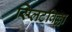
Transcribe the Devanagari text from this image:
स्प्लिटविल्ला